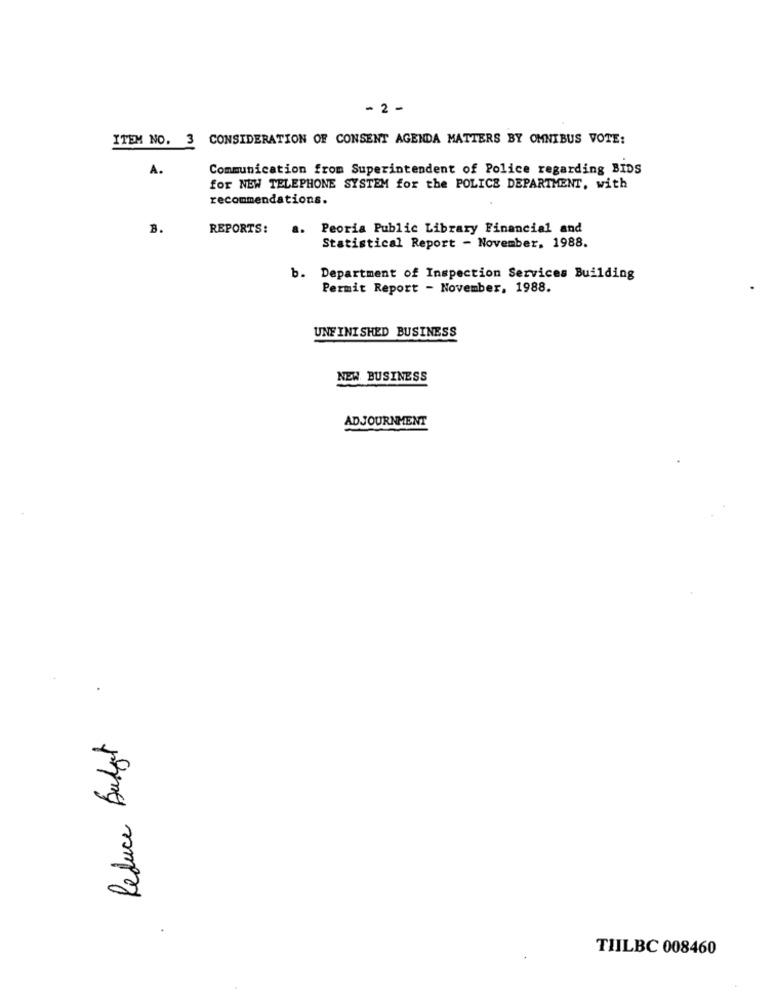
- 2 -
ITEM NO. 3 CONSIDERATION OF CONSENT AGENDA MATTERS BY OMNIBUS VOTE:
A.
Communication from Superintendent of Police regarding BIDS
for NEW TELEPHONE SYSTEM for the POLICE DEPARTMENT, with
recommendations.
B.
REPORTS:
a. Peoria Public Library Financial and
Statistical Report - November, 1988.
b. Department of Inspection Services Building
Permit Report - November, 1988.
UNFINISHED BUSINESS
NEW BUSINESS
ADJOURNMENT
Reduce Budget
TIILBC 008460